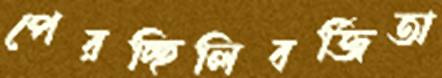
পেরচ্ছিলিবর্জিতা